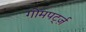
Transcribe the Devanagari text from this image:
गोमपर्ट्ज़